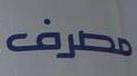
مطرف